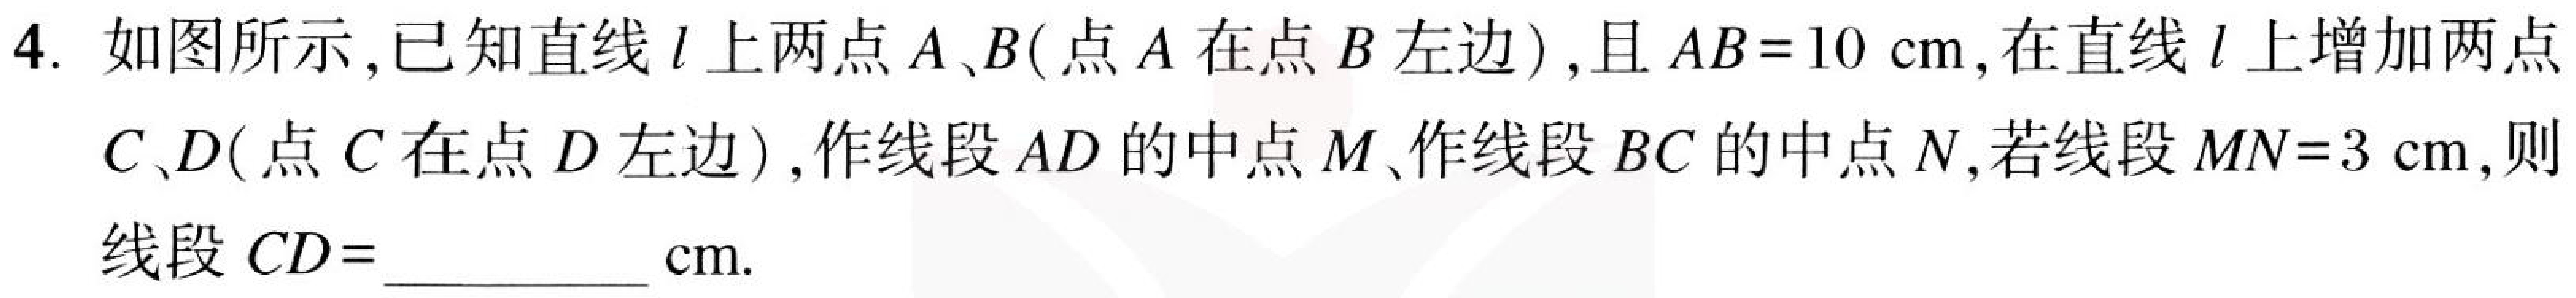
4. 如图所示，已知直线$l$上两点$A、B$(点$A$在点$B$左边)，且$AB = 10\mathrm{cm}$，在直线$l$上增加两点
$C、D$(点$C$在点$D$左边)，作线段$AD$的中点$M$、作线段$BC$的中点$N$，若线段$MN = 3\mathrm{cm}$，则
线段$CD=$__________$\mathrm{cm}$.